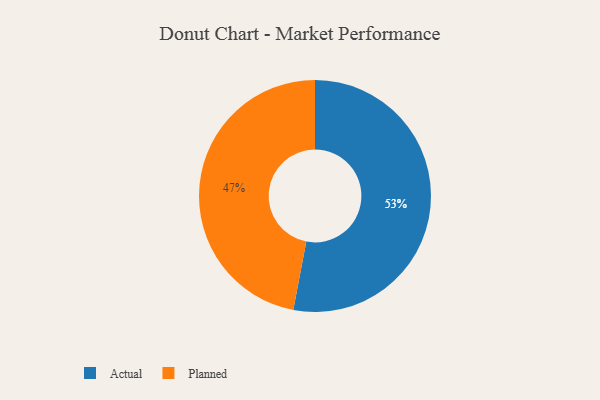
{"axis": {"x": "Category", "y": "Percentage"}, "legend": ["Actual", "Planned"], "data": [{"x": "Planned", "y": 47, "type": "Planned"}, {"x": "Actual", "y": 53, "type": "Actual"}]}